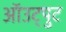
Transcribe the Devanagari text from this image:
ऑउट्पुट